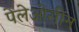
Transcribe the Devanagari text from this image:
पेलेओसीन